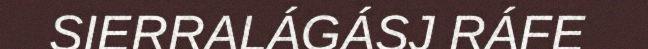
SIERRALÁGÁSJ RÁFE